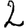
Digit: 2